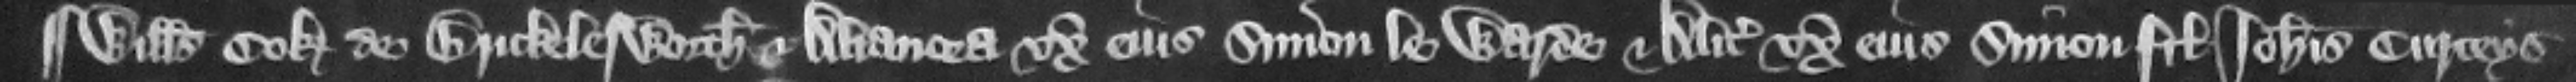
¶ Willelmus Cok de Brickelesworth et Alianora vxor eius Simon le Warde et Alicia vxor eius Simon filius Iohannis Curteys